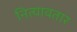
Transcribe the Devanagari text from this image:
नित्यावतार